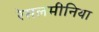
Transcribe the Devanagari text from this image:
रेसलमीनिया